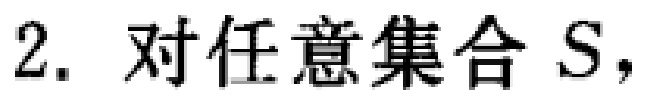
2. 对任意集合 \(S\)，